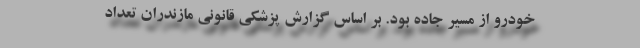
خودرو از مسیر جاده بود. بر اساس گزارش پزشکی قانونی مازندران تعداد